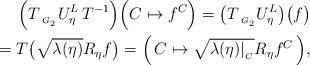
LaTeX: \begin{align*}\Big( T \, {}_{{}_{G_2}}U^{L}_{\eta} \, T^{-1} \Big) \Big( C \mapsto f^C \Big) = \big( T \, {}_{{}_{G_2}}U^{L}_{\eta} \big) \big(f\big) \\ = T \big( \sqrt{\lambda(\eta)} R_\eta f \big) = \Big( \, C \mapsto \sqrt{\lambda(\eta)|_{{}_C}} R_\eta f^C \, \Big),\end{align*}